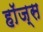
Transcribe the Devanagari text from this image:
हाॅज्स